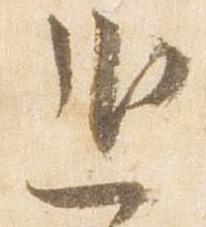
進